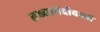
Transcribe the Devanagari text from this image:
तख्ताबंदीवाली